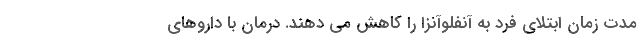
مدت زمان ابتلای فرد به آنفلوآنزا را کاهش می دهند. درمان با داروهای